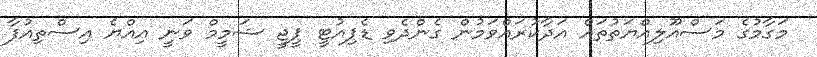
މަގާމުގެ މަސްއޫލިއްޔަތުތައް އަދާކުރައްވަމުން ގެންދެވި ޑެޕިއުޓީ ޕީޖީ ޝަމީމް ވަނީ އިއްޔެ އިސްތިއުފާ